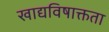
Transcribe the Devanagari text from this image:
खाद्यविषाक्तता